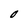
Character: O